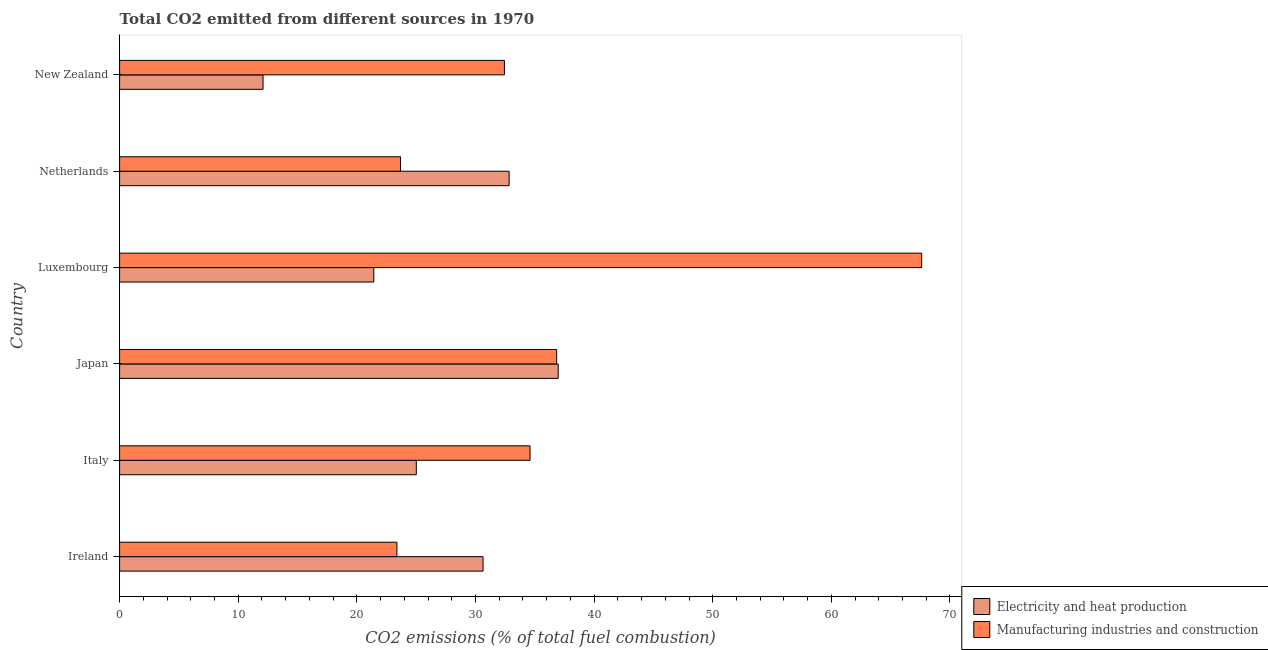
| Country | Electricity and heat production | Manufacturing industries and construction |
 | --- | --- | --- |
 | Ireland | 30.6 | 23.4 |
 | Italy | 25 | 34.6 |
 | Japan | 37 | 36.8 |
 | Luxembourg | 21.4 | 67.6 |
 | Netherlands | 32.8 | 23.7 |
 | New Zealand | 12.1 | 32.4 |